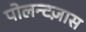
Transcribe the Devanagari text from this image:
पोलन्टज़ास